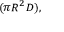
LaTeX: \scriptstyle ( \pi R ^ { 2 } D ) ,